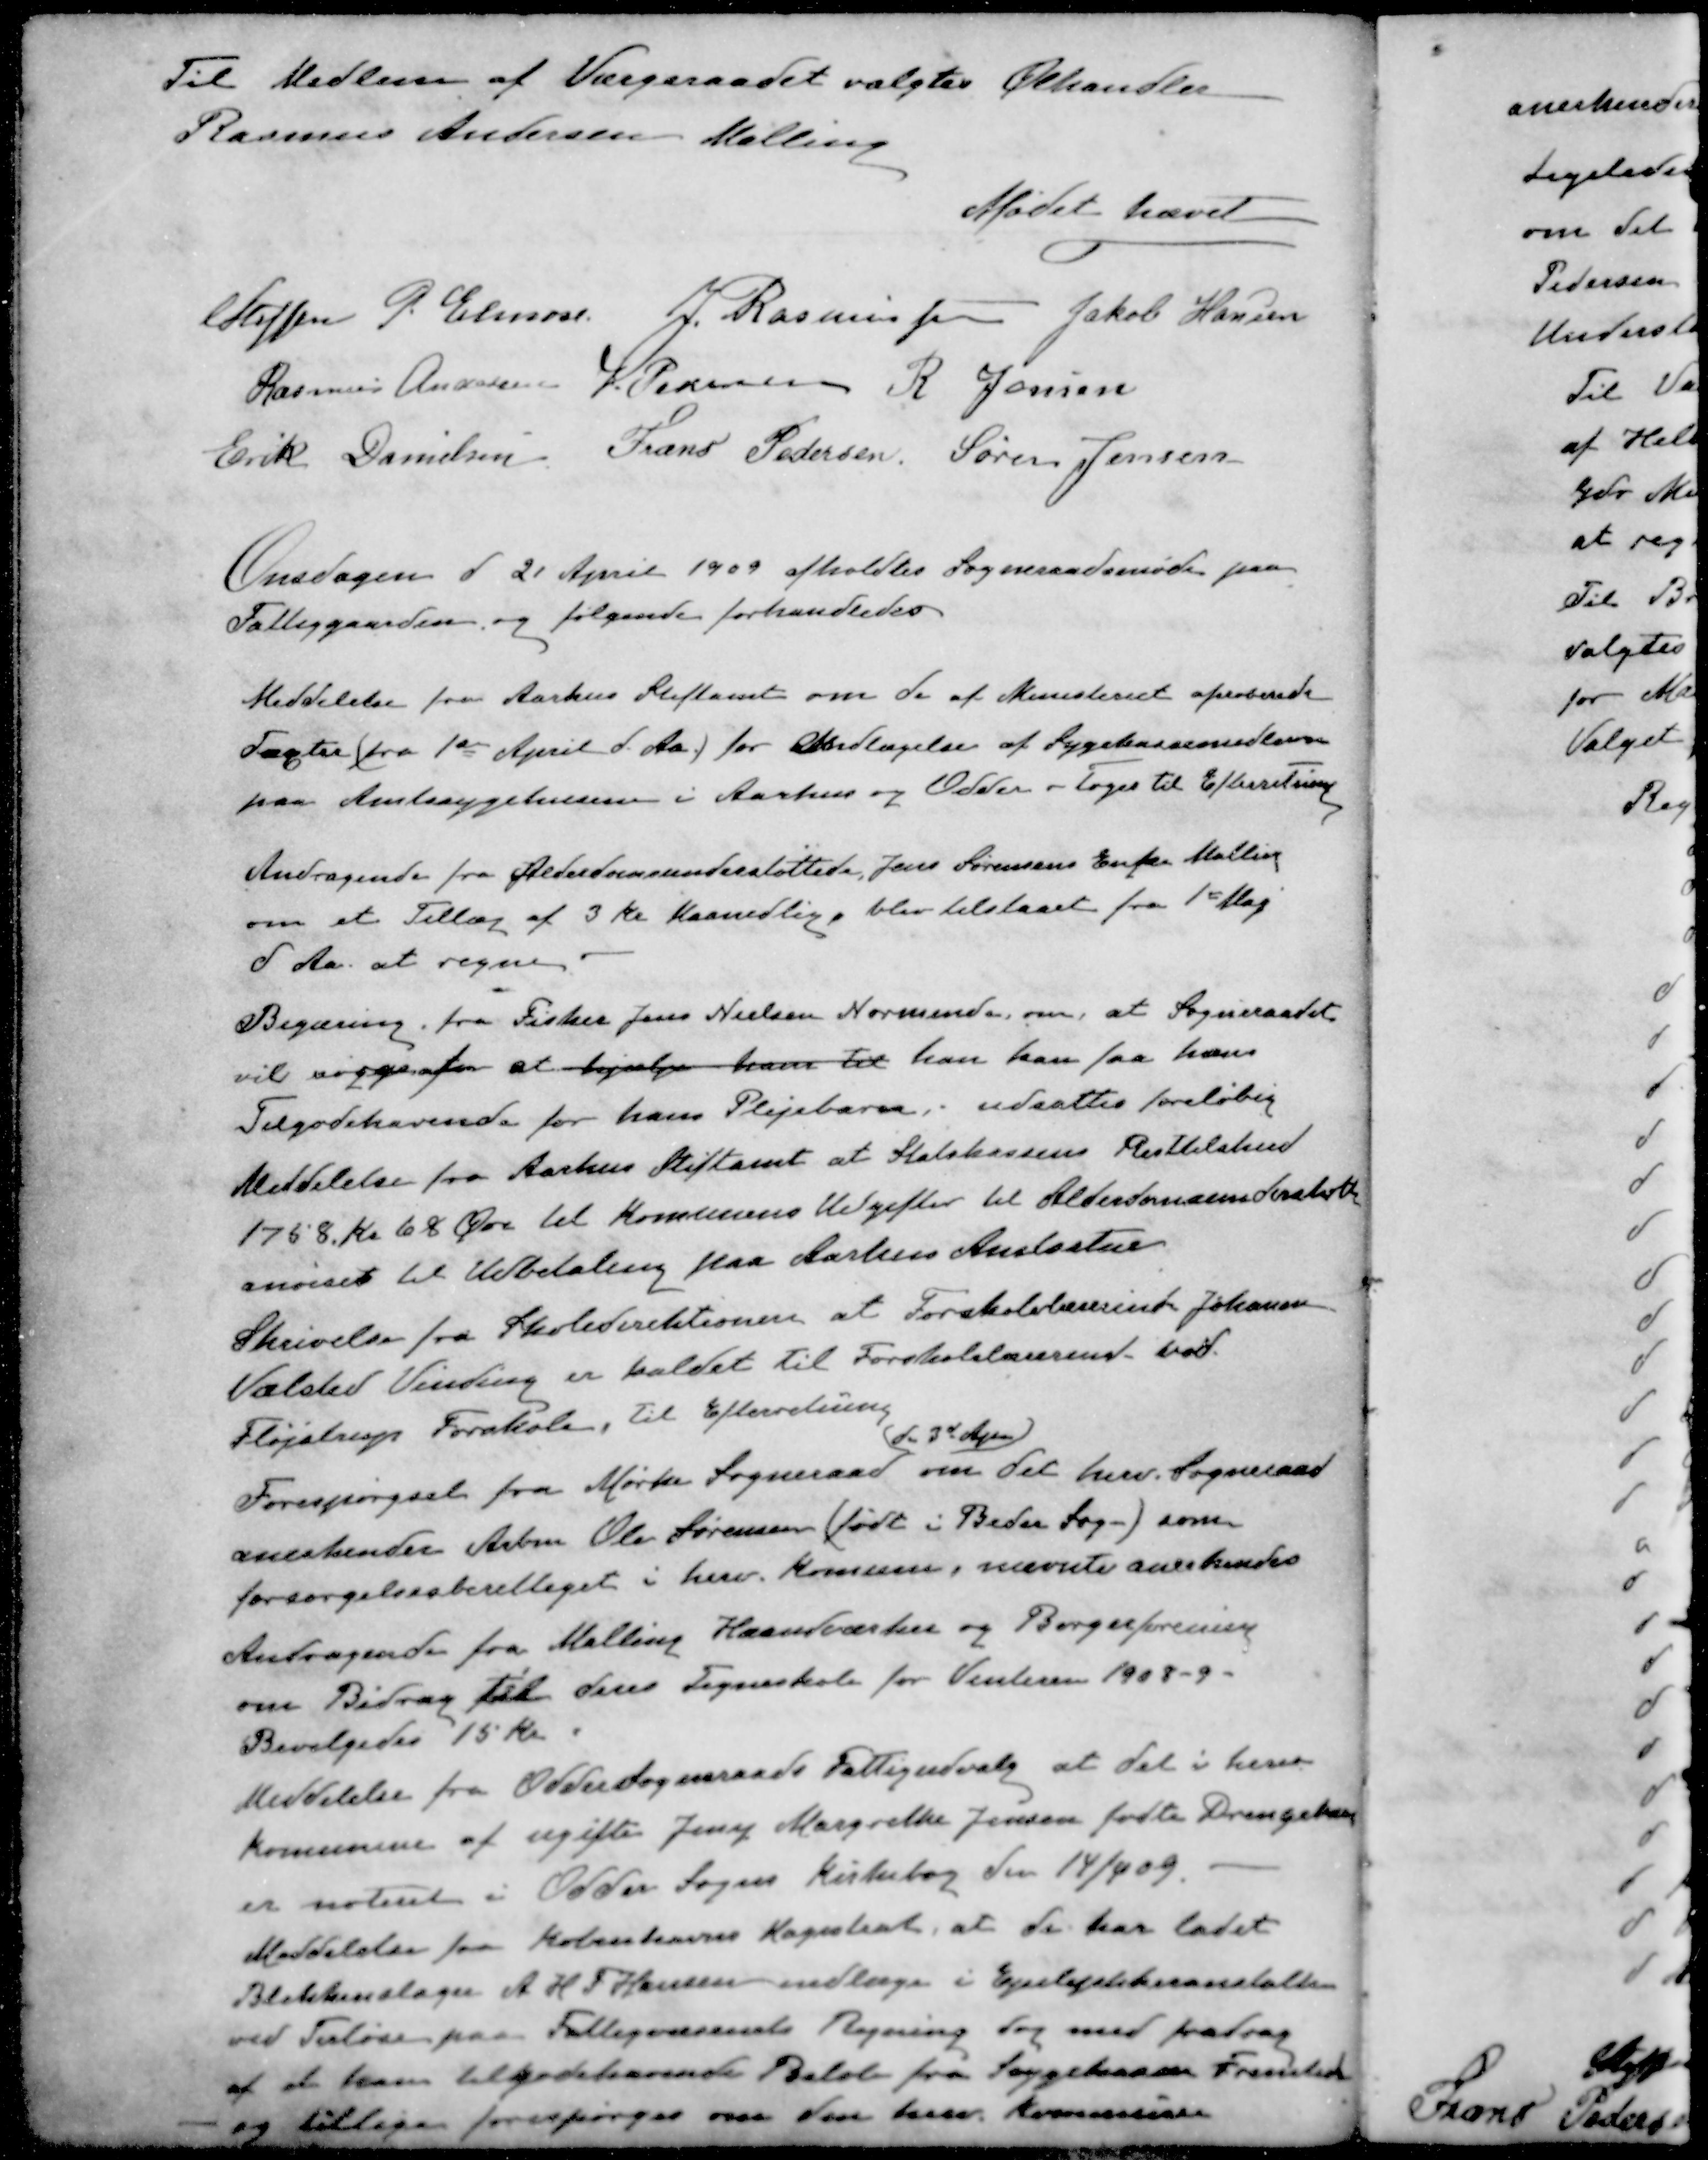
Transskription:
Til Medlem af Værgeraadet valgtes Ølhandler
Rasmus Andersen Malling
Mødet hævet
Steffen P. Elmose
J Rasmussen
Jakob Hansen
Rasmus Andersen
J Pedersen
R Jensen
Erik Danielsen
Frans Pedersen
Søren Jensen
Onsdagen d 21 April 1909 afholdtes Sogneraadsmøde paa
Fattiggaarden og følgende forhandledes
Meddelelse fra Aarhus Stiftamt om de af Ministeriet aproberede
Tagster (fra 1ste April d. Aa) for Indlægelse af Sygekassemedlemmer
paa Amtssygehusene i Aarhus og Odder - toges til Efterretning
Andragende fra Alderdomsunderstøttede Jens Sørensens Enke Malling
om et Tillæg af 3 Kr Maanedlig, blev tilstaaet fra 1st Maj
d Aa. at regne
Begæring fra Fisker Jens Nielsen Norsminde om, at Sogneraadet
vil sognefor at hjælpe ham til han kan faa hans
Tilgodehavende for hans Plejebarn, udsattes foreløbig
Meddelelse fra Aarhus Stiftamt at Statskassens Resttilskud
1758 kr 68 Øre til Kommunens Udgifter til Alderdomsunderstøtte
anvises til Udbetaling paa Aarhus Amtsstue
Skrivelse fra Skoledirektionen at Forskolelærerinde Johanne
Vælsted Vinding er kaldet til Forskolelærerinde ved
Fløjstrup Forskole, til Efterretning
d. 3d Apr
Forespørgsel fra Mørke Sogneraad om det herv. Sogneraad
anerkender Arbm Ole Sørensen (født i Beder Sogn) som
forsørgelsesberettiget i herv. Komune, nævnte anerkendes
Andragende fra Malling Haandværker og Borgerforening
om Bidrag til deres Tegneskole for Vinteren 1908 - 9 -
Bevilgedes 15 kr.
Meddelelse fra Odder Sogneraads Fattigudvalg at det i herv
Kommune af ugifte Jeny Margrethe Jensen fødte Drengebarn
er noteret i Odder Sogns Kirkebog den 14/4 09.
Meddelelse fra Københavns Magistrat, at de har ladet
Blikkenslager A H F Hansen indlæge i Epileptikeranstalten
ved Terløse paa Fattigvæsenets Regning og med fradrag
af at hans tilgodehavende Beløb fra Sygekassen Fremtid
og tillige forespørges om den herv Kommune